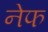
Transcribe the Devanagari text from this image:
नेफ